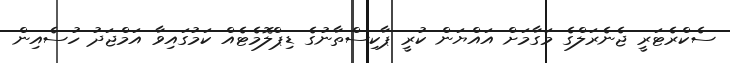
ސެކްރެޓަރީ ޖެނެރަލްގެ މަގާމަށް އައްޔަން ކުރީ ޕާކިސްތާނުގެ ޑިޕްލޮމެޓެއް ކަމުގައިވާ އަމްޖަދު ހުސެއިން